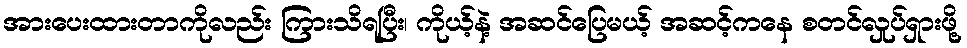
အားပေးထားတာကိုလည်း ကြားသိရပြီး၊ ကိုယ့်နဲ့ အဆင်ပြေမယ့် အဆင့်ကနေ စတင်လှုပ်ရှားဖို့